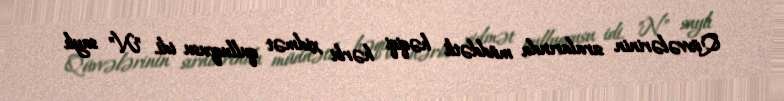
Qüvvələrinin sıralarında müddətli həqiqi hərbi xidmət qulluqçusu idi. "N" saylı